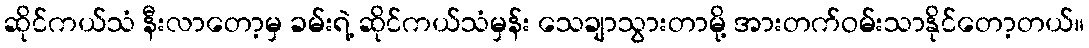
ဆိုင်ကယ်သံ နီးလာတော့မှ ခမ်းရဲ့ ဆိုင်ကယ်သံမှန်း သေချာသွားတာမို့ အားတက်ဝမ်းသာနိုင်တော့တယ်။